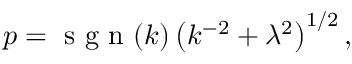
p = \mathrm { ~ s ~ g ~ n ~ } ( k ) \left( k ^ { - 2 } + \lambda ^ { 2 } \right) ^ { 1 / 2 } ,